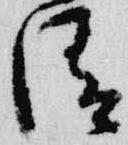
清